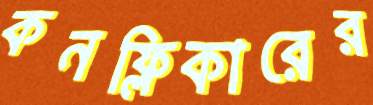
কনফ্লিকারের